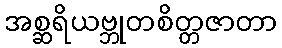
အစ္ဆရိယဗ္ဘုတစိတ္တဇာတာ